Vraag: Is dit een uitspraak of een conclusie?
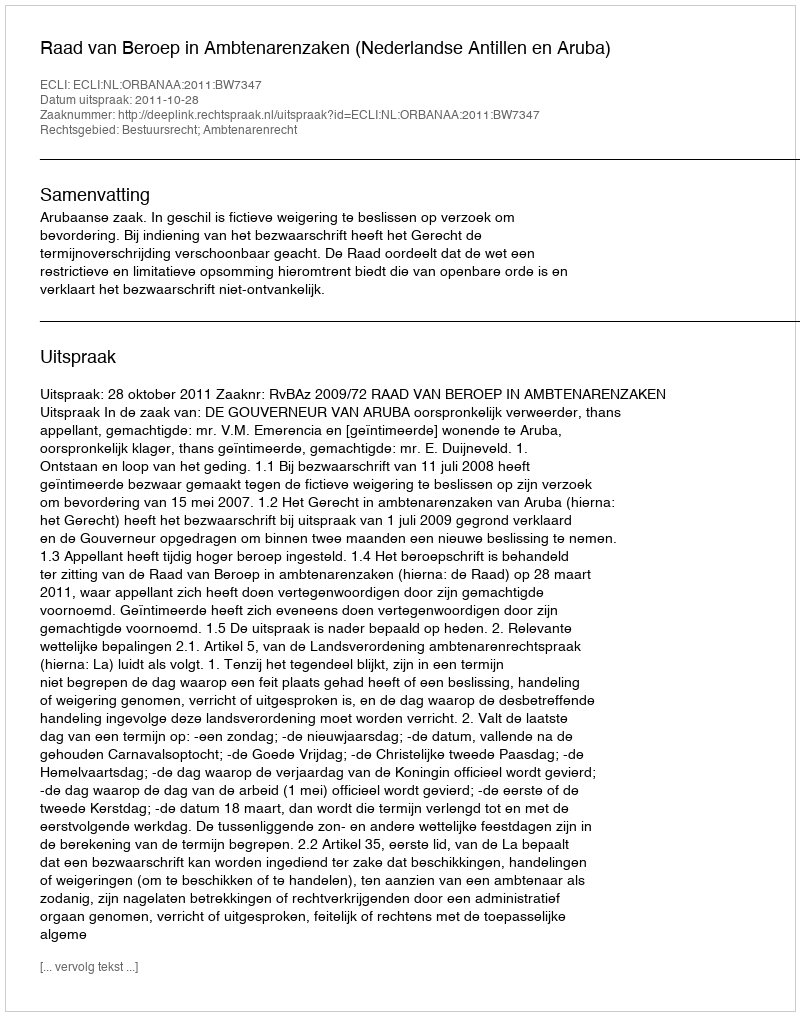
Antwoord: Uitspraak